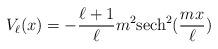
LaTeX: \begin{align*}V_\ell(x) = -\frac{\ell+1}{\ell}m^2{\rm sech}^2(\frac{mx}{\ell})\end{align*}